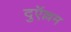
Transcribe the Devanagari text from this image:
दुऍल्लम